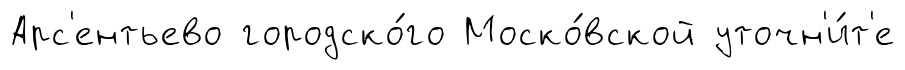
Арс'ентьево городско́го Моско́вской уточн'и́т'е